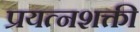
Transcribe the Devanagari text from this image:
प्रयत्‍नशक्ती